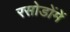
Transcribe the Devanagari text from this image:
रसोडोंमें